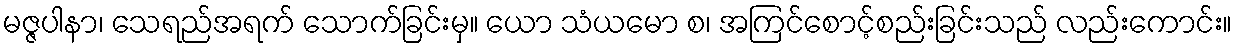
မဇ္ဇပါနာ၊ သေရည်အရက် သောက်ခြင်းမှ။ ယော သံယမော စ၊ အကြင်စောင့်စည်းခြင်းသည် လည်းကောင်း။